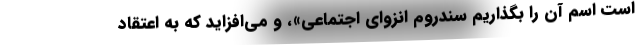
است اسم آن را بگذاریم سندروم انزوای اجتماعی»، و می‌افزاید که به اعتقاد